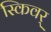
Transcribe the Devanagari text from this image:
स्किवर्